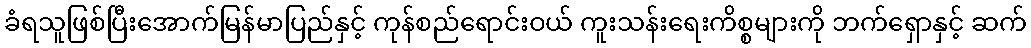
ခံရသူဖြစ်ပြီးအောက်မြန်မာပြည်နှင့် ကုန်စည်ရောင်းဝယ် ကူးသန်းရေးကိစ္စများကို ဘက်ရှောနှင့် ဆက်